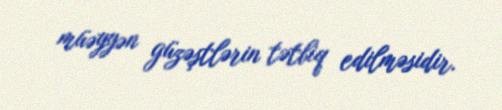
müəyyən güzəştlərin tətbiq edilməsidir.